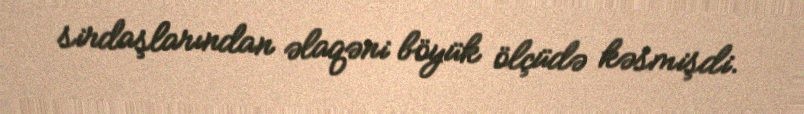
sirdaşlarından əlaqəni böyük ölçüdə kəsmişdi.